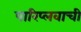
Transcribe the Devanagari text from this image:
पारिप्लवाची